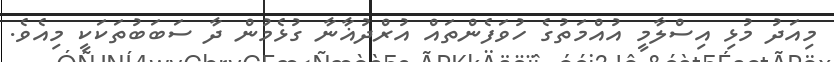
މިއަދު މުޅި އިސްލާމީ އުއްމަތުގެ ހުވަފެންތައް އުރްދުޣާނާ ގުޅެމުން ދާ ސަބަބުތަކަކީ މިއެވެ.